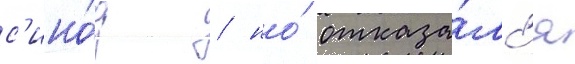
с'ино́д / но́ отказа́лс'я